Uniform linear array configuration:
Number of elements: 32
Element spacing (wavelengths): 1
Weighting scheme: exponential
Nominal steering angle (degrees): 30
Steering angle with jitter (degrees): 31.81
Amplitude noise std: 0.05
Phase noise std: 0.05

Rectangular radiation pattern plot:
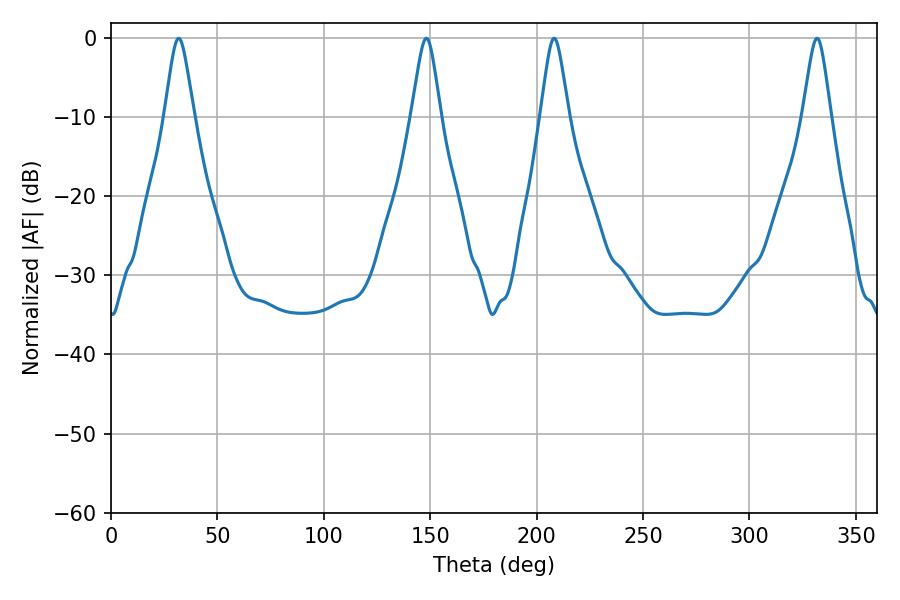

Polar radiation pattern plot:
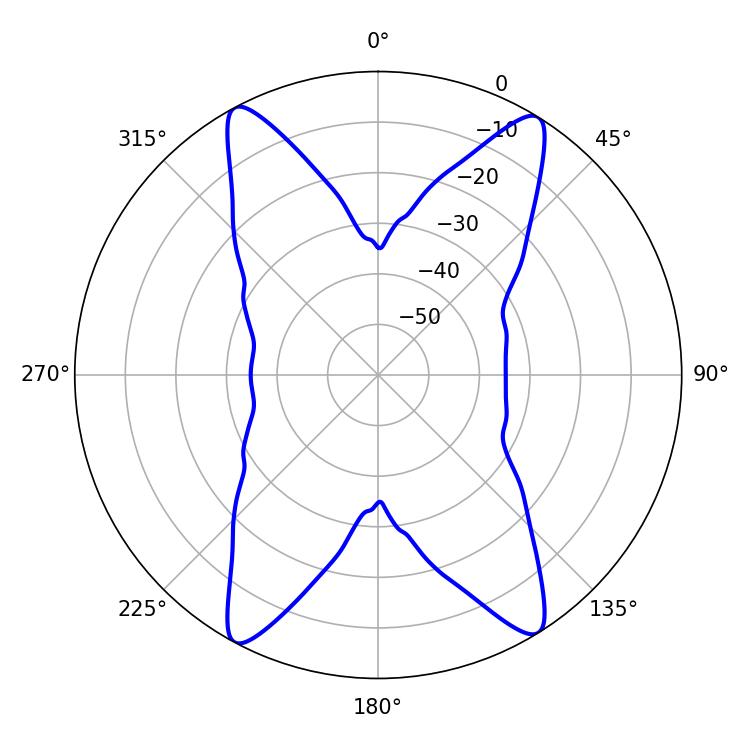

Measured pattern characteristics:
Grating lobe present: TRUE
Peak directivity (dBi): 20.314
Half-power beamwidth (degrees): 6.3
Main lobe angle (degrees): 208.26